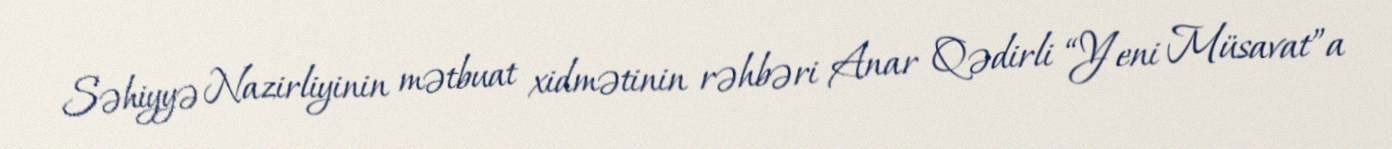
Səhiyyə Nazirliyinin mətbuat xidmətinin rəhbəri Anar Qədirli “Yeni Müsavat”a